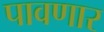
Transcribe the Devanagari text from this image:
पावणार